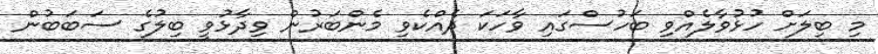
މި ބިލަށް ހުޅުވާލެއްވި ބަހުސްގައި ވާހަކަ ދެއްކެވި މެންބަރުން ވިދާޅުވީ ބިލުގެ ސަބަބުން